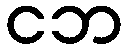
ငဘ